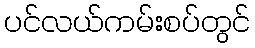
ပင်လယ်ကမ်းစပ်တွင်